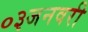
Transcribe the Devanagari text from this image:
०३जनवरी